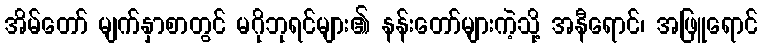
အိမ်တော် မျက်နှာစာတွင် မဂိုဘုရင်များ၏ နန်းတော်များကဲ့သို့ အနီရောင်၊ အဖြူရောင်